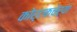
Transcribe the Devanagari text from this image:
कोर्टकचेर्‍या